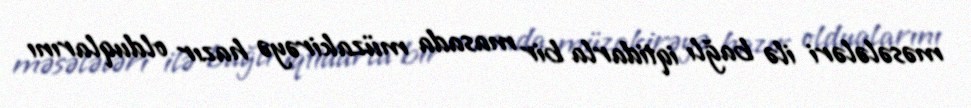
məsələləri ilə bağlı iqtidarla bir masada müzakirəyə hazır olduqlarını